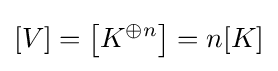
[V]=\left[K^{\oplus n}\right]=n[K]